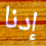
إدنا